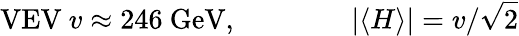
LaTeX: {\mathrm{VEV~}}v\approx 246{\mathrm{~GeV}},\qquad\qquad|\langle H\rangle|=v/{\sqrt{2}}